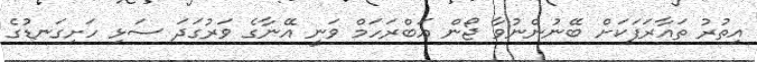
އިތުރު ތައާރަފަކަށް ބޭނުންނުވާ ޖޯން އަބްރަހަމް ވަނީ އޭނާގެ ވަރުގަދަ ސަޅި ހަށިގަނޑުގެ